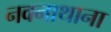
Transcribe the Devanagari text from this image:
नवनाथाना